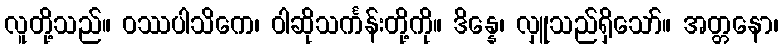
လူတို့သည်။ ဝဿပါသိကေ၊ ဝါဆိုသင်္ကန်းတို့ကို။ ဒိန္နေ၊ လှူသည်ရှိသော်။ အတ္တနော၊